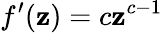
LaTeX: f^{\prime}(\mathbf{z})=c\mathbf{z}^{c-1}